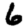
Digit: 6